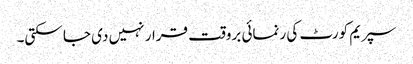
سپریم کورٹ کی رنمائی بروقت قرار نہیں دی جا سکتی۔